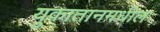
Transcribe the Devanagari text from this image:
युकातानमधील